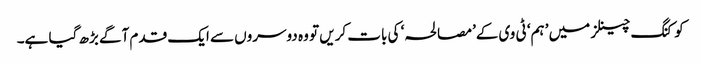
کوکنگ چینلز میں ’ہم‘ ٹی وی کے’مصالحہ‘ کی بات کریں تو وہ دوسروں سے ایک قدم آگے بڑھ گیا ہے۔